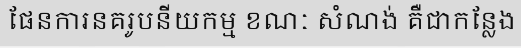
ផែនការនគរូបនីយកម្ម ខណៈ សំណង់ គឺជាកន្លែង